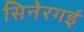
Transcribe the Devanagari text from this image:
सिनेरगई